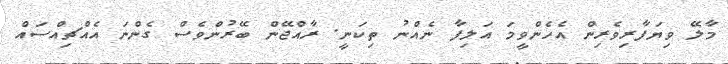
މާލޭ ވިޔަފާރިވެރިން އެހެންވީމަ އަލިފާ ނެއްނު ތިކަނީ. ރާއްޖޭން ބޭރުންވެސް ގެންނަ އެއްޗިއްސައް